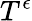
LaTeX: T^{\epsilon}